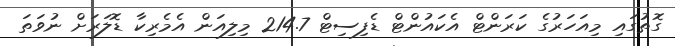
ގޮތުގައި މިއަހަރުގެ ކަރަންޓް އެކައުންޓް ޑެފިސިޓް 214.7 މިލިއަން އެމެރިކާ ޑޮލަރަށް ނުވަތަ